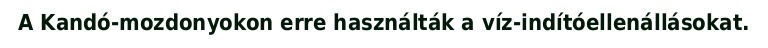
A Kandó-mozdonyokon erre használták a víz-indítóellenállásokat.